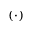
( \cdot )